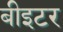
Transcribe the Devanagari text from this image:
बीइटर